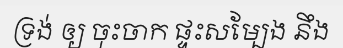
ទ្រង់ ឲ្យ ចុះចាក ផ្ទះសម្បែង នឹង